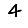
Digit: 4